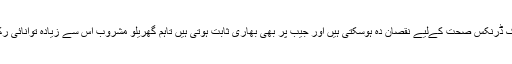
ٹیٹرا پیک ڈرنکس صحت کےلیے نقصان دہ ہوسکتی ہیں اور جیب پر بھی بھاری ثابت ہوتی ہیں تاہم گھریلو مشروب اس سے زیادہ توانائی رکھتا ہے۔